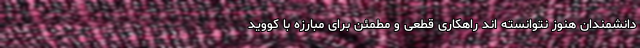
دانشمندان هنوز نتوانسته اند راهکاری قطعی و مطمئن برای مبارزه با کووید